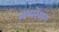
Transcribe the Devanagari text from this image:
सप्परेशन